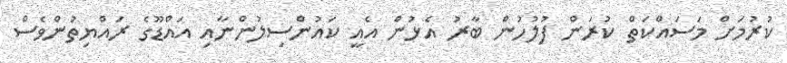
ކުރުމަށް މަސައްކަތް ކުރަން ފުލުހުން ބާރު އެޅުން އެއީ ކައުންސިލުންނާއި އައްޑޫގެ ރައްޔިތުންވެސް